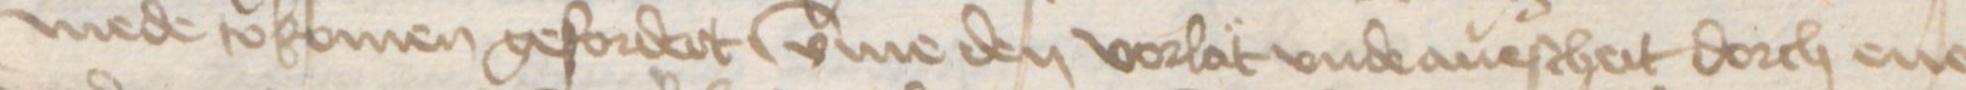
mede tokomen gefordert vmme den vorlat vnde auescheit dorch ene